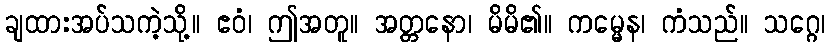
ချထားအပ်သကဲ့သို့။ ဧဝံ၊ ဤအတူ။ အတ္တနော၊ မိမိ၏။ ကမ္မေန၊ ကံသည်။ သဂ္ဂေ၊